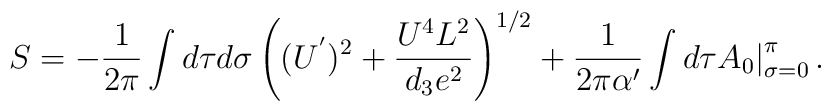
S = - {1 \over 2 \pi} \int d\tau d\sigma \left((U^{'})^2 +\frac{U^4 L^2}{d_3 e^2}\right)^{1/2}+ {1 \over 2 \pi \alpha'} \int d\tau A_0\big\vert_{\sigma=0}^\pi \,.